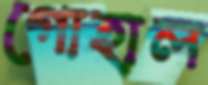
গোহাল